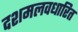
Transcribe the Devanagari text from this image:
दशमलवधारित